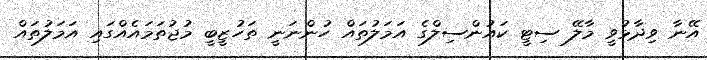
އޭނާ ވިދާޅުވީ މާލޭ ސިޓީ ކައުންސިލްގެ އަމަލުތައް ހުންނަނީ ތަހުޒީބީ މުޖުތަމައެއްގައި އަމަލުތައް